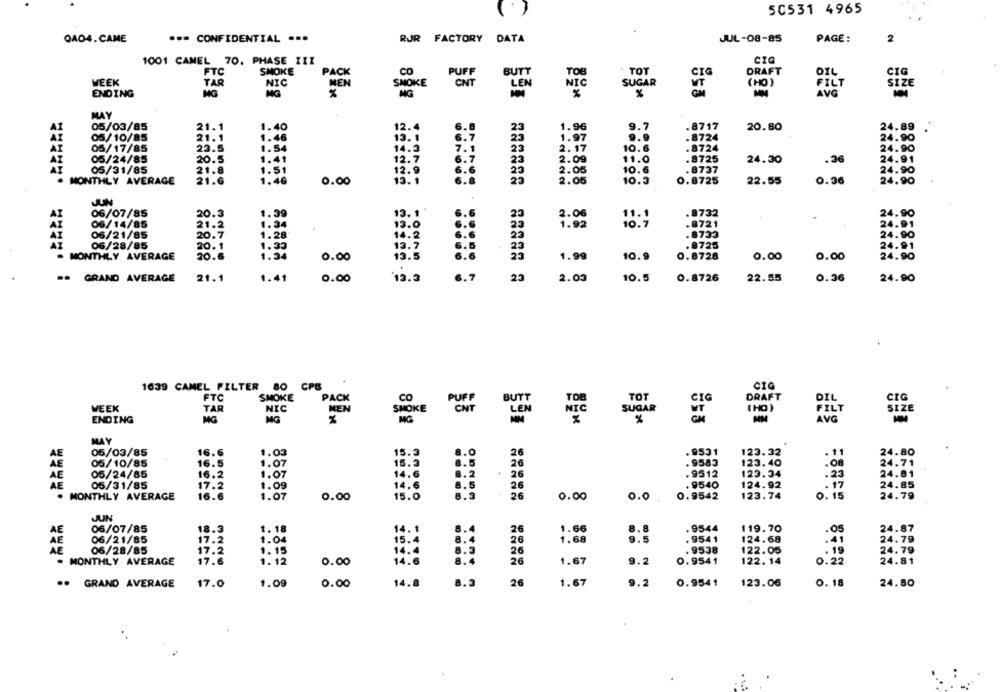
()
50531 4965
QAO4.CAME
*** CONFIDENTIAL ...
RJR FACTORY DATA
JUL -08-85
PAGE:
2
1001 CAMEL 70. PHASE III
CIG
FTC
SMOKE
PACK
CO
PUFF
BUTT
TOB
TOT
CIG
DRAFT
OIL
CIG
WEEK
TAR
NIC
MEN
SMOKE
CNT
LEN
SUGAR
(HO )
SIZE
NIC
VT
FILT
ENDING
MG
MG
%
MG
%
%
AVG
MAY
05/03/85
.40
6.6
AI
21.1
12.4
23
1.96
.7
.8717
20.80
24.89
05/10/85
21.1
4.6
13. 1
6.7
25
1.97
9.9
.8724
24.90
05/17/85
23.5
54
14.3
7.1
23
2.17
0.6
. 8724
24.90
05/24/85
20.5
41
12.7
6.7
23
2.09
11.0
.8725
24.30
.36
24.91
05/31/85
21.8
51
12.9
6.6
23
10.6
. 8737
24.90
21.6
40
6.8
23
10.3
0.8725
22.55
0.36
MONTHLY AVERAGE
0.00
24.90
JUN
06/07/85
20.3
1.39
13. 1
6.6
2.06
11.1
.8732
24.90
AI
06/14/85
21.2
1.34
13.0
1.92
10.7
.8721
24.91
06/21/85
20.7
1.28
14.2
6.6
.8733
24.90
23
06/28/85
20. 1
1.33
13.7
6.5
- 23
.8725
24.91
. MONTHLY AVERAGE
20.6
1.34
0.00
23
10.9
0.8728
0.00
0.00
24.90
13.5
6.6
1.99
.
13.5
6.7
2.00
10.5
0.8726
22.55
0.36
24.90
== GRAND AVERAGE
21.1
1.41
0.00
23
1639 CAMEL FILTER 80 CPS
CIG
DRAFT
FTC
SMOKE
PACK
co
PUFF
BUTT
TOB
TOT
CIG
DIL
CIG
WEEK
TAR
NIC
MEN
SMOKE
CNT
SUGAR
FILT
SIZE
LEN
NIC
( HO)
ENDING
MG
MG
MG
AVG
MAY
AE
05/03/85
16.6
1.03
15.3
8.0
26
.9531
123.32
. 11
24.80
05/10/85
16.5
1.07
8.5
26
. 9583
123.40
24.71
AE
05/24/85
16.2
1.07
8.2
26
.9512
123.34
.23
24.81
AE
17.2
1.09
14.6
8.5
26
. 9540
124.92
- 17
24.85
05/31/85
MONTHLY AVERAGE
16.6
1.07
0.00
15.0
8.3
26
0.00
0.0
0.9542
123.74
0. 15
24.79
JUN
AE
06/07/85
18.3
1. 18
14.1
26
1.66
. 9544
119.70
.05
24.87
AE
06/21/85
17.2
1.04
15.4
26
1.68
. 9541
124.68
.41
24.79
AE
06/28/85
17.2
1. 15
14.4
8.3
26
9538
122.05
.19
24.79
17.6
1 12
0.00
14.6
8.
26
1.67
9.2
0.9541
122. 14
0.22
24.81
- MONTHLY AVERAGE
8.3
.. GRAND AVERAGE
17.0
1.09
0.00
14.8
26
1.67
9.2
0.9541
123.06
0. 18
24.80